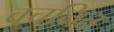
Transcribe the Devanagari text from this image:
वचनित